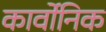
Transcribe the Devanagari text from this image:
कार्वोनिक